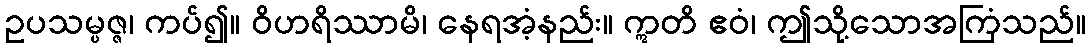
ဥပသမ္ပဇ္ဇ၊ ကပ်၍။ ဝိဟရိဿာမိ၊ နေရအံ့နည်း။ ဣတိ ဧဝံ၊ ဤသို့သောအကြံသည်။